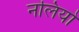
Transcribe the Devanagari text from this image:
नलियो